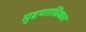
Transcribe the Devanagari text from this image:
मुद्रणाधिकार